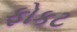
ફોકટ